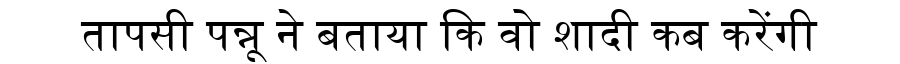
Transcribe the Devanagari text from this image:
तापसी पन्नू ने बताया कि वो शादी कब करेंगी